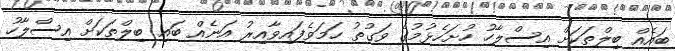
ބައެއް ބިލްތަކަށް އިސްލާހު ހުށަހެޅުމުގެ ވަގުތު ހަމަވެފައިވާއިރު އަނެއް ބައި ބިލްތަކަށް އިސްލާހު